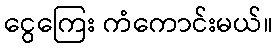
ငွေကြေး ကံကောင်းမယ်။